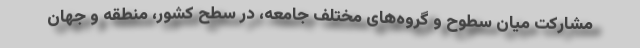
مشارکت میان سطوح و گروه‌های مختلف جامعه، در سطح کشور، منطقه و جهان